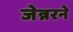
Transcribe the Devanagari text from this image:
जेन्नरने